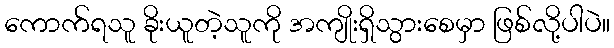
ကောက်ရသူ ခိုးယူတဲ့သူကို အကျိုးရှိသွားစေမှာ ဖြစ်လို့ပါပဲ။